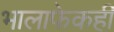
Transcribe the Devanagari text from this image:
भालाफेकही